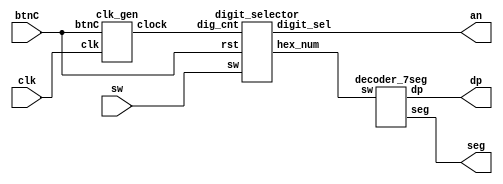
`timescale 1ns / 1ps
//////////////////////////////////////////////////////////////////////////////////
// Module Name: sseg_x4_top
// Project Name: 8-bit_calculator
// Target Devices: Xilinx Artix-7 FPGA
// Description: This program takes in a 16-bit input value and displays each nibble
// on a seven segment display. 
//////////////////////////////////////////////////////////////////////////////////


module sseg_x4_top(
    input [15:0] sw,   // 16 input switches
    input clk,         // 100 MHz clock input
    input btnC,        // reset
    output [3:0] an,   // four seven segment digits
    output dp,         // decimal point
    //output [4:0] JA, // five of the PMOD JA pins
    output [6:0] seg   // seven segment signals to construct the digit
    );
    wire [1:0] clkdiv;  //output of the clock_gen module
    wire [3:0] digit;   //output of which seven segment dislay to use from digit_selector module
    wire [3:0] hex_num; //output of the group of DIP switches to use from digit_selector module
    clk_gen A0(clk, btnC, clkdiv);  //divide down the frequency into a two-bit clkdiv variable
    digit_selector A1(sw, clkdiv, btnC, digit, hex_num); //select 1 of 4 7seg dislays with DIP switches
    assign an = digit; 
    decoder_7seg A2(hex_num, dp, seg);  //Display the numbers on the 4 7seg displays
    
    
endmodule

/////////////////////////////////////////////////////////////
module digit_selector(
    input [15:0] sw,
    input [1:0] dig_cnt,     //two bit counter to be decoded
    input rst,               //resets it all
    output [3:0] digit_sel,  //returns the four bit display
    output [3:0] hex_num
    ); 
     reg [3:0] sele;
     reg [3:0] hex_holder;
     
     always @ (rst, dig_cnt) begin
        if (dig_cnt == 0) begin 
           sele <= 4'b1110;
           hex_holder <= sw[3:0];
        end 
        else if (dig_cnt == 1) begin 
           sele <= 4'b1101;
           hex_holder <= sw[7:4];
        end
        else if (dig_cnt == 2) begin 
           sele <= 4'b1011;
           hex_holder <= sw[11:8];
        end
        else if (dig_cnt == 3) begin
           sele <= 4'b0111;
           hex_holder <= sw[15:12];
        end 
        
     end
     
     assign digit_sel = sele;
     assign hex_num = hex_holder;
     
endmodule

//////////////////////////////////////////////////////
module clk_gen(
    input clk,
    input btnC,
    output [1:0] clock
    );
    reg [26:0] clkdiv;
    always @ (posedge btnC, posedge clk) begin
       if (btnC) clkdiv <= 27'b0;
       else if (clkdiv == 67108863) clkdiv <= 27'b0;
       else clkdiv <= clkdiv + 1;
    end
    
    assign clock = clkdiv[19:18];
    //assign clock = clkdiv[1:0];
    
endmodule

/////////////////////////////////////////////////
module decoder_7seg(
    input [3:0] sw,  // 4-bit switch input
    output reg dp,  
    //output reg [3:0] an, // The four different segment displays 
    output reg [6:0] seg  // 7-bit output display
    );
    
    // Give starting values for the outputs
    initial begin
       //an <= 4'b1110;
       dp <= 1'b1;
       seg <= 7'b1111111;
    end
    
    // Every time the switch input is changed re-evaluate the output value
    always @ (sw)
    begin  // Could have used a switch statement here but if statements work too
       if (sw == 4'b0000) seg <= 7'b1000000;  // Display 0
       else if (sw == 4'b0001) seg <= 7'b1111001;  // Display 1
       else if (sw == 4'b0010) seg <= 7'b0100100;  // Display 2
       else if (sw == 4'b0011) seg <= 7'b0110000;  // Display 3
       else if (sw == 4'b0100) seg <= 7'b0011001;  // Display 4
       else if (sw == 4'b0101) seg <= 7'b0010010;  // Display 5
       else if (sw == 4'b0110) seg <= 7'b0000010;  // Display 6
       else if (sw == 4'b0111) seg <= 7'b1111000;  // Display 7
       else if (sw == 4'b1000) seg <= 7'b0000000;  // Display 8
       else if (sw == 4'b1001) seg <= 7'b0011000;  // Display 9
       else if (sw == 4'b1010) seg <= 7'b0001000;   //Display A
       else if (sw == 4'b1011) seg <= 7'b0000011;   //display B
       else if (sw == 4'b1100) seg <= 7'b1000110;   //display C
       else if (sw == 4'b1101) seg <= 7'b0100001;   //display D
       else if (sw == 4'b1110) seg <= 7'b0000110;   //display E
       else if (sw == 4'b1111) seg <= 7'b0001110;   //display F
       else seg = 7'b1000000;  
end

endmodule